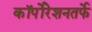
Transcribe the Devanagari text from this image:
कॉर्पोरेशनतर्फे